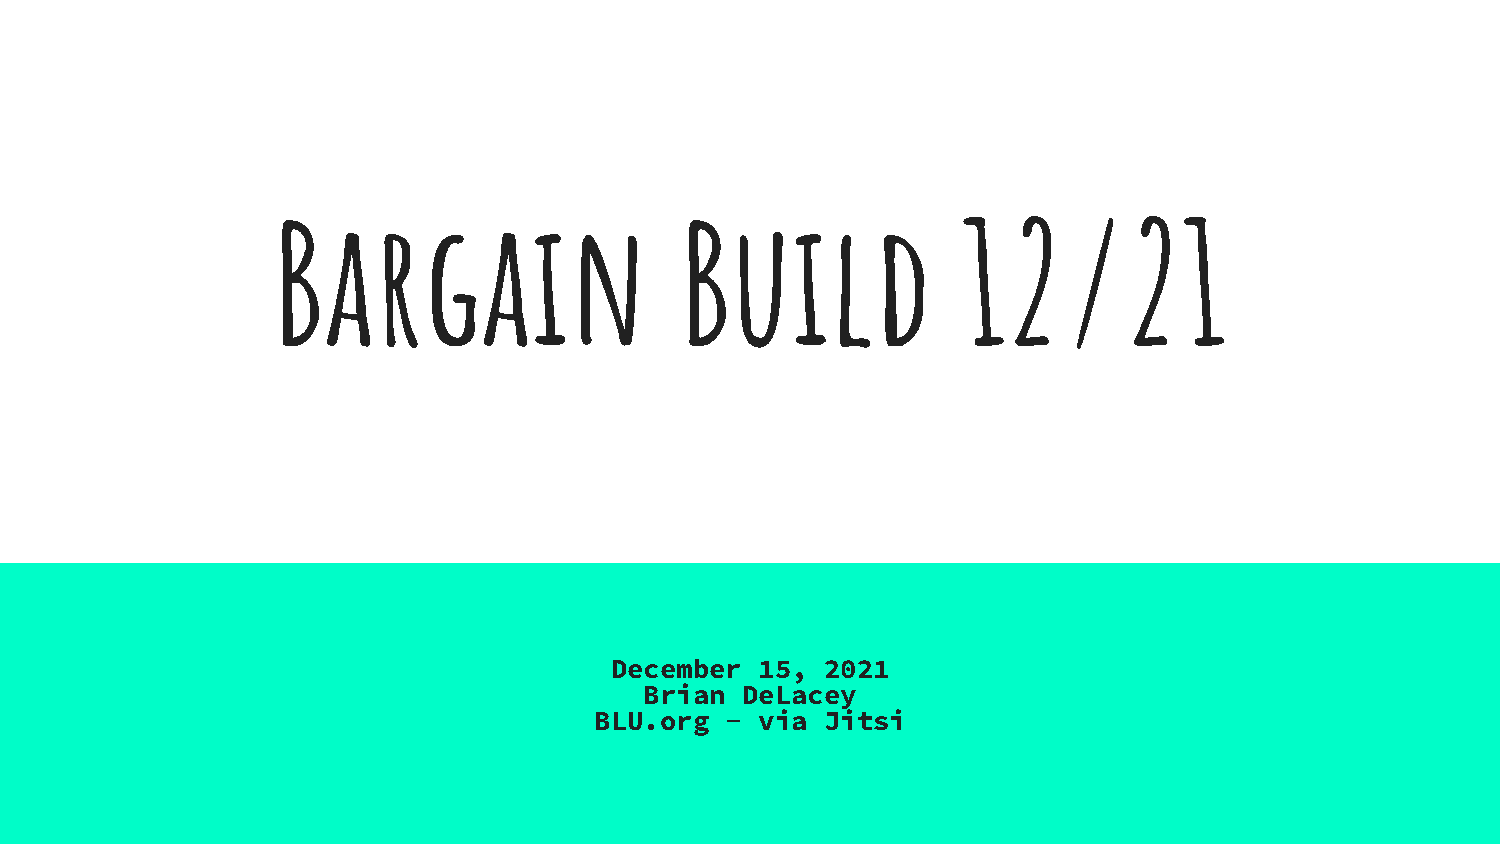
Bargain                    Build              12/21
 December  15,  2021
 Brian DeLacey
 BLU.org  - via  Jitsi